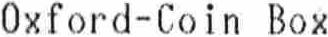
OXFORD-COIN BOX